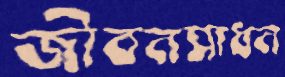
জীবনসাধন